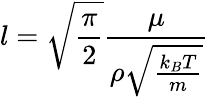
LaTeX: l=\sqrt{\frac{\pi}{2}}\frac{\mu}{\rho\sqrt{\frac{k_{B}T}{m}}}